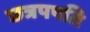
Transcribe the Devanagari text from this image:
छत्रपपति